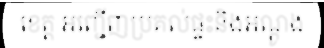
ខេត្ត អញ្ជើញប្រគល់ផ្ទះនិងអណ្តូង